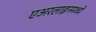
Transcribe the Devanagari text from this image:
एअरलाइनमध्ये